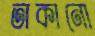
তাকানো